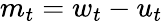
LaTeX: m_{t}=w_{t}-u_{t}